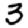
Digit: 3